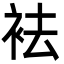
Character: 袪